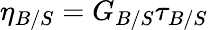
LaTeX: \eta_{B/S}=G_{B/S}\tau_{B/S}